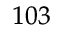
^ { 1 0 3 }